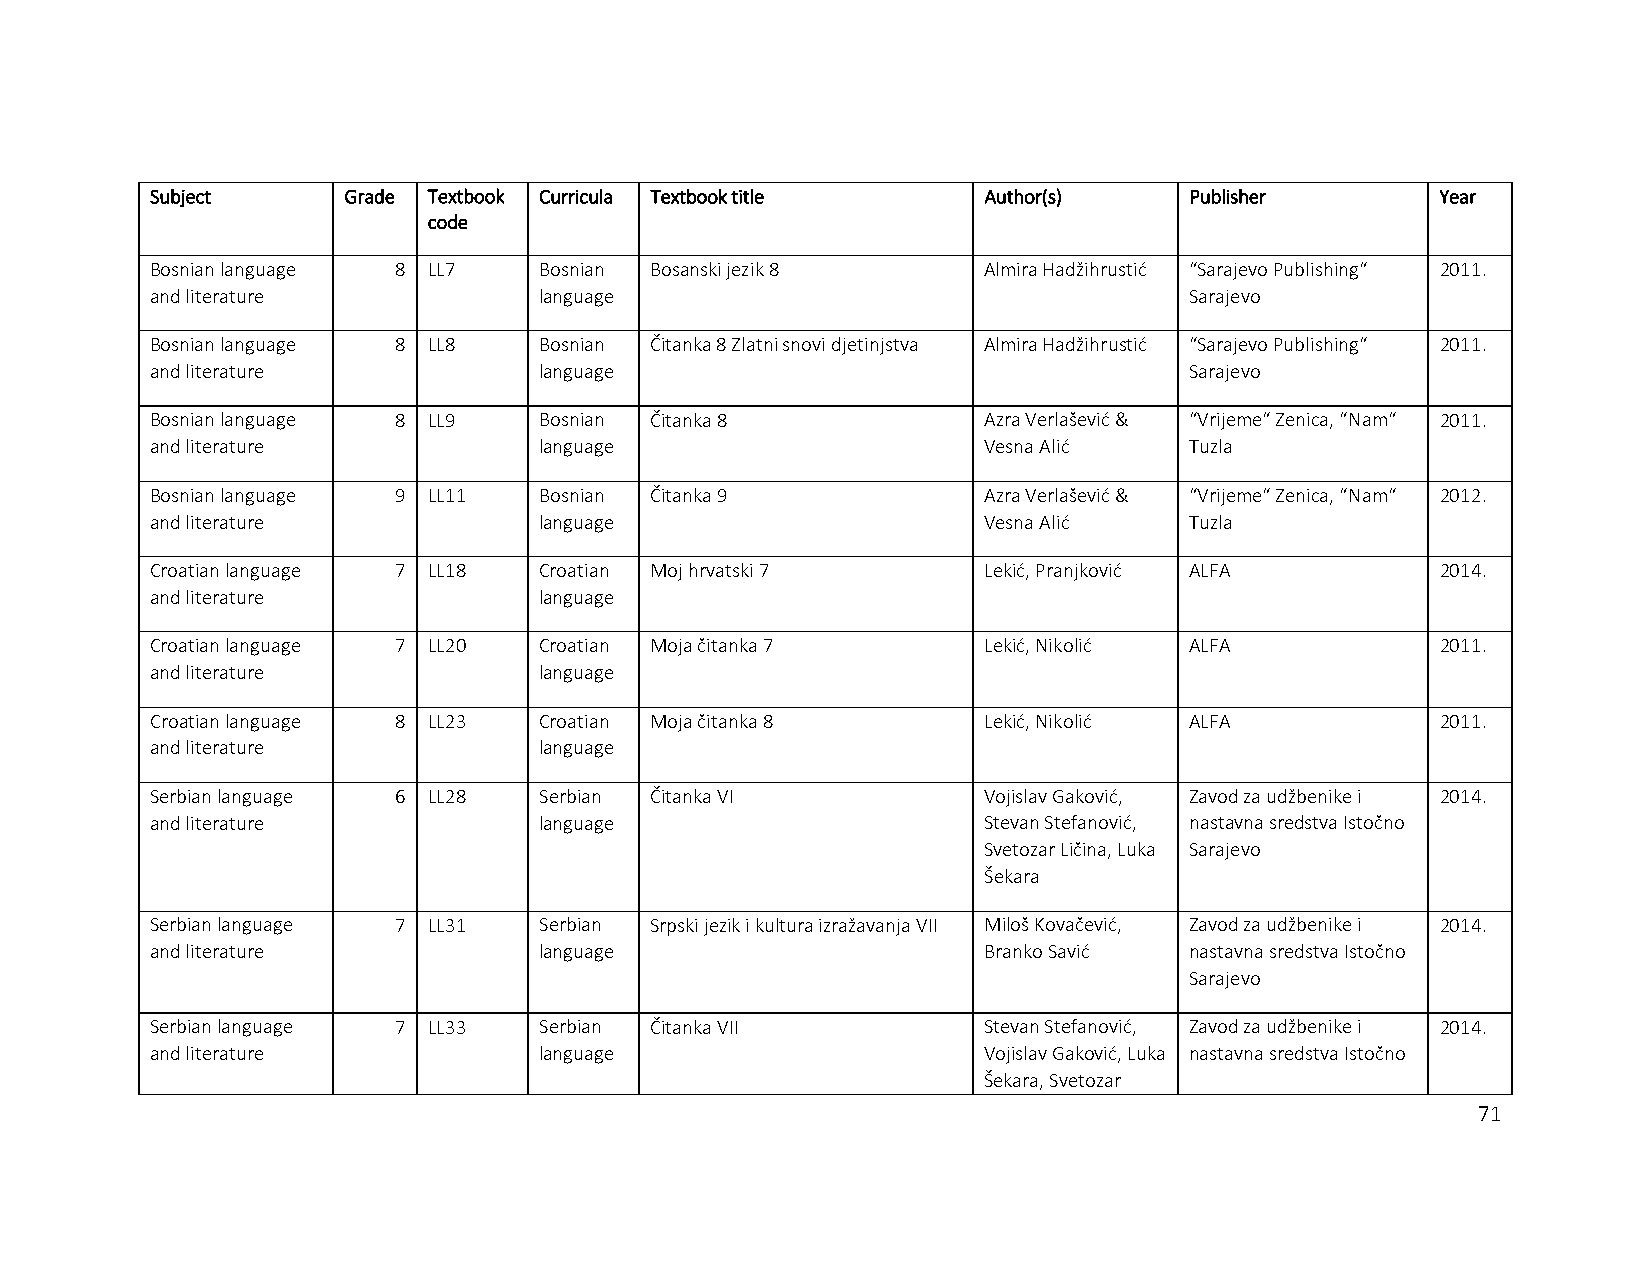
Subject      Grade Textbook Curricula Textbook title   Author(s)     Publisher       Year
 code
 Bosnian language 8 LL7    Bosnian Bosanski jezik 8     Almira Hadžihrustić “Sarajevo Publishing“ 2011.
 and literature            language                                   Sarajevo
 Bosnian language 8 LL8    Bosnian Čitanka 8 Zlatni snovi djetinjstva Almira Hadžihrustić “Sarajevo Publishing“ 2011.
 and literature            language                                   Sarajevo
 Bosnian language 8 LL9    Bosnian Čitanka 8            Azra Verlašević & “Vrijeme“ Zenica, “Nam“ 2011.
 and literature            language                     Vesna Alić    Tuzla
 Bosnian language 9 LL11   Bosnian Čitanka 9            Azra Verlašević & “Vrijeme“ Zenica, “Nam“ 2012.
 and literature            language                     Vesna Alić    Tuzla
 Croatian language 7 LL18  Croatian Moj hrvatski 7      Lekić, Pranjković ALFA        2014.
 and literature            language
 Croatian language 7 LL20  Croatian Moja čitanka 7      Lekić, Nikolić ALFA           2011.
 and literature            language
 Croatian language 8 LL23  Croatian Moja čitanka 8      Lekić, Nikolić ALFA           2011.
 and literature            language
 Serbian language 6 LL28   Serbian Čitanka VI           Vojislav Gaković, Zavod za udžbenike i 2014.
 and literature            language                     Stevan Stefanović, nastavna sredstva Istočno
 Svetozar Ličina, Luka Sarajevo
 Šekara
 Serbian language 7 LL31   Serbian Srpski jezik i kultura izražavanja VII Miloš Kovačević, Zavod za udžbenike i 2014.
 and literature            language                     Branko Savić  nastavna sredstva Istočno
 Sarajevo
 Serbian language 7 LL33   Serbian Čitanka VII          Stevan Stefanović, Zavod za udžbenike i 2014.
 and literature            language                     Vojislav Gaković, Luka nastavna sredstva Istočno
 Šekara, Svetozar
 71